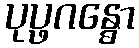
ပုပ္ဖဂန္ဓော